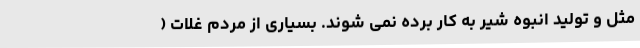
مثل و تولید انبوه شیر به کار برده نمی شوند. بسیاری از مردم غلات (